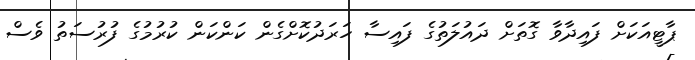
ޕާޓީއަކަށް ފައިދާވާ ގޮތަށް ދައުލަތުގެ ފައިސާ ހަރަދުކޮށްގެން ކަންކަން ކުރުމުގެ ފުރުސަތު ވެސް